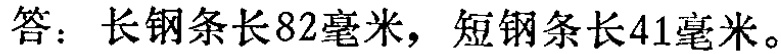
答：长钢条长82毫米，短钢条长41毫米。